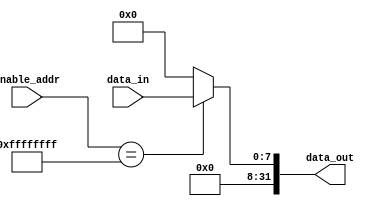
`timescale 1ns / 1ps

module INDriver#(parameter ADDRESS_ENABLE = 32'hFFFFFFFF,parameter BITS_PORT = 8)(
    input [31:0]enable_addr,
    input [BITS_PORT-1:0]data_in,
    output reg [31:0]data_out
    );
    always @(*) begin
        if(enable_addr == ADDRESS_ENABLE)
            data_out = {{(32-BITS_PORT){1'b0}},data_in};
        else
            data_out = 32'd0;
    end
    
    
endmodule

module OUTDriver#(parameter ADDRESS_ENABLE = 32'hFFFFFFFF,parameter BITS_PORT = 3)(
    input [31:0]enable_addr,
    input [BITS_PORT-1:0]data_in,
    input CLK,
    input RST,
    output reg [BITS_PORT-1:0]data_out
    );
    always @(posedge CLK) begin
        if(enable_addr == ADDRESS_ENABLE)
            data_out = data_in;
        else
            data_out = data_out;
        if(RST)
            data_out = 0;
    end
    
endmodule